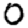
Digit: 0